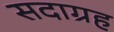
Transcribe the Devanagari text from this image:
सदाग्रह